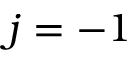
j = - 1